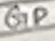
Text: GD